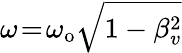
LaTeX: \omega\! =\! \omega_{\mathrm{o}}\sqrt{1-\beta_{v}^{2}}